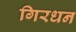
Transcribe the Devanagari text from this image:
गिरधन